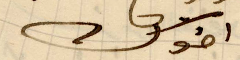
اخوك